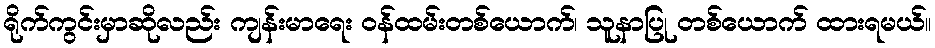
ရိုက်ကွင်းမှာဆိုလည်း ကျန်းမာရေး ဝန်ထမ်းတစ်ယောက်၊ သူနာပြု တစ်ယောက် ထားရမယ်။